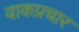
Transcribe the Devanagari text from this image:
वाकप्रचार